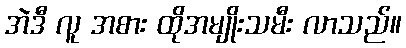
အဲဒီ လူ အစား ထိုအမျိုးသမီး လာသည်။